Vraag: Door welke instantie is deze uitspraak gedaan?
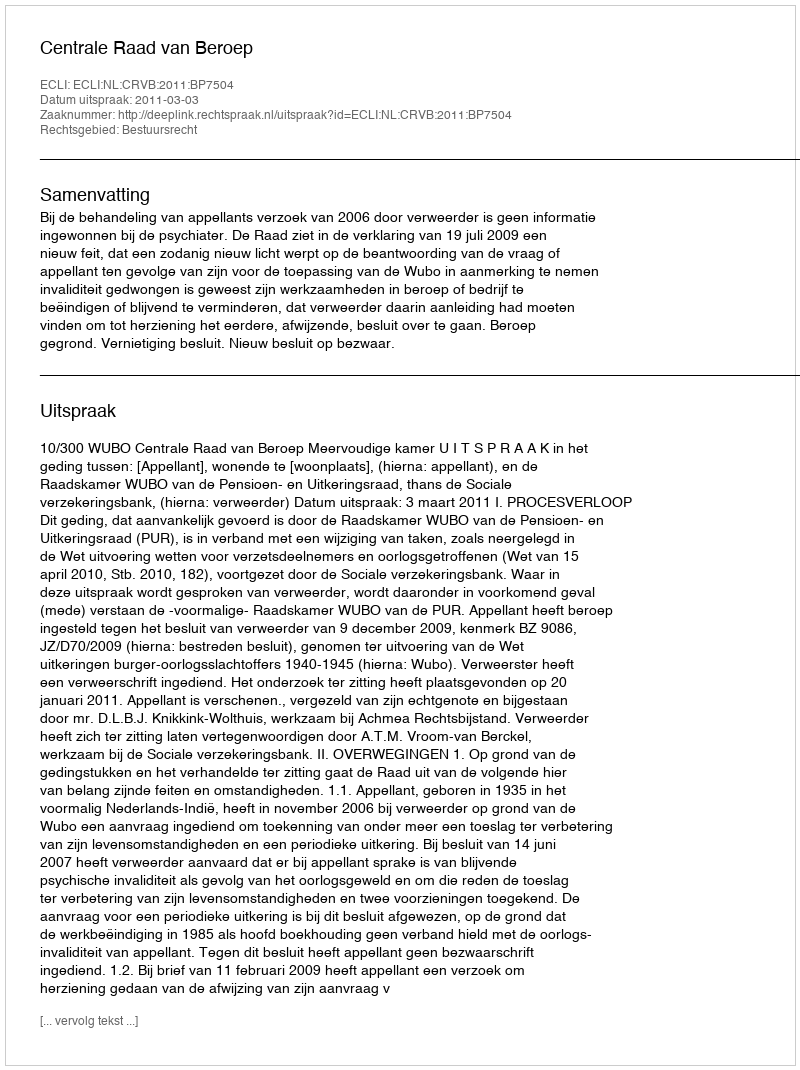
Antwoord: Centrale Raad van Beroep